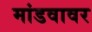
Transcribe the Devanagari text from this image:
मांडवावर